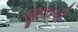
જીલાપી